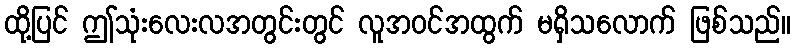
ထို့ပြင် ဤသုံးလေးလအတွင်းတွင် လူအဝင်အထွက် မရှိသလောက် ဖြစ်သည်။